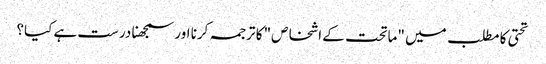
تحتی کا مطلب میں "ماتحت کے اشخاص" کا ترجمہ کرنا اور سمجھنا درست ہے کیا؟